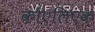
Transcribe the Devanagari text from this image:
कोएलिएक